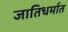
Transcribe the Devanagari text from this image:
जातिधर्मात